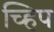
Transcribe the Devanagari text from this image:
च्हिप